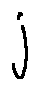
j